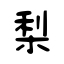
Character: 梨